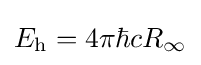
E_{\text{h}}=4\pi \hbar cR_{\infty }